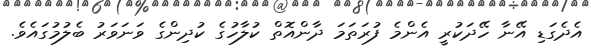
އެދެގަޑި އޭނާ ހޭދަކުރީ އެންމެ ފުރަތަމަ ދާންއޮތް ކުލާހުގެ ކުދިންގެ ވަނަވަރު ބެލުމުގައެވެ.